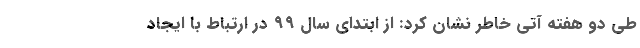
طی دو هفته آتی خاطر نشان کرد: از ابتدای سال ۹۹ در ارتباط با ایجاد